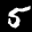
Label: 5